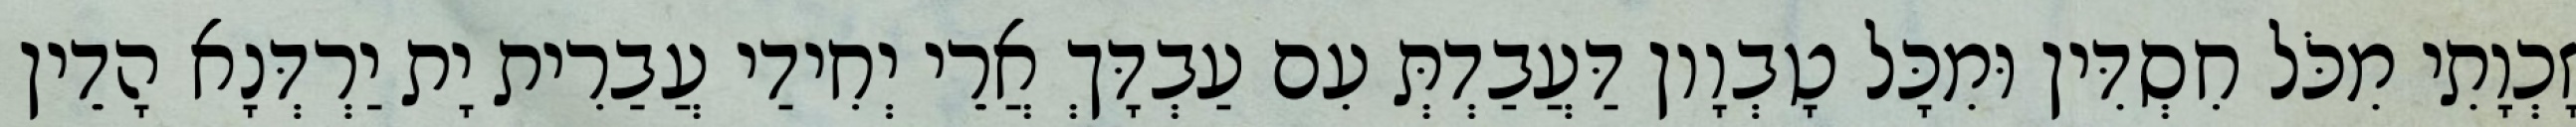
זָכְוָתִי מִכֹּל חִסְדִּין וּמִכָּל טָבְוָון דַּעֲבַדְתְּ עִם עַבְדָּךְ אֲרֵי יְחִידַי עֲבַרִית יָת יַרְדְּנָא הָדֵין